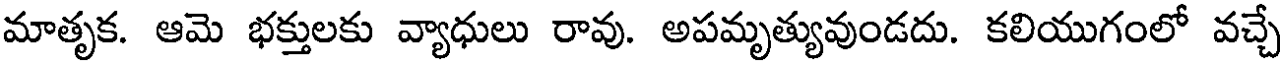
మాతృక. ఆమె భక్తులకు వ్యాధులు రావు. అపమృత్యువుండదు. కలియుగంలో వచ్చే